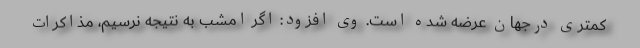
کمتری درجهان عرضه شده است. وی افزود: اگر امشب به نتیجه نرسیم، مذاکرات